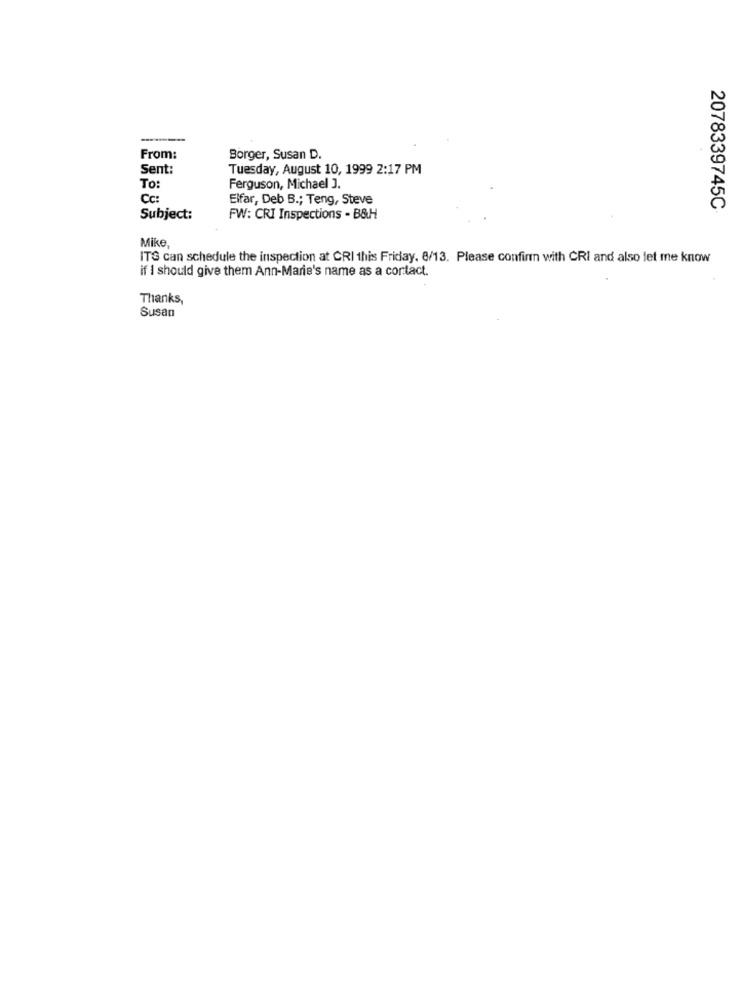
From:
Borger, Susan D.
Sent:
Tuesday, August 10, 1999 2:17 PM
To:
Ferguson, Michael J.
Cc:
Elfar, Deb B .; Teng, Steve
2078339745C
Subject:
FW: CRI Inspections - B&H
Mike,
ITS can schedule the inspection at CRI this Friday. 8/13. Please confirm with CRI and also let me know
if I should give them Ann-Marie's name as a contact.
Thanks,
Susan